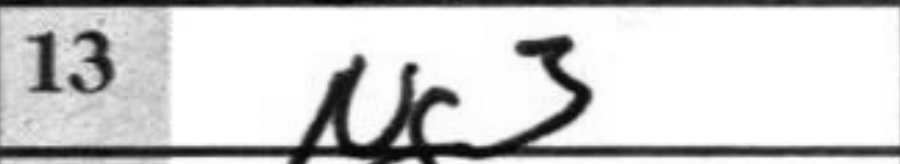
Transcription: Ng3